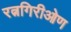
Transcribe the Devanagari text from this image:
रत्नगिरीओण